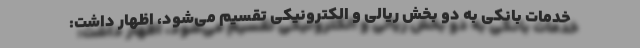
خدمات بانکی به دو بخش ریالی و الکترونیکی تقسیم می‌شود، اظهار داشت: